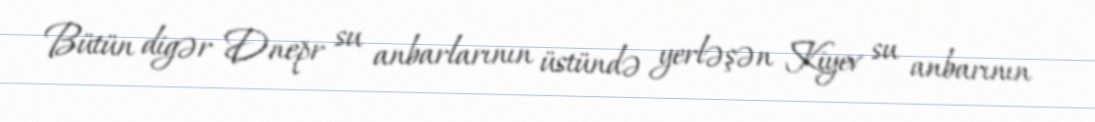
Bütün digər Dnepr su anbarlarının üstündə yerləşən Kiyev su anbarının